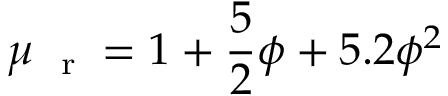
\mu _ { \mathrm { ~ \scriptsize ~ r ~ } } = 1 + \frac { 5 } { 2 } \phi + 5 . 2 \phi ^ { 2 }